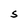
Character: S